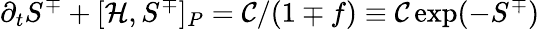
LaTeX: \partial_{t}S^{\mp}+[\mathcal{H},S^{\mp}]_{P}=\mathcal{C}/(1\mp f)\equiv\mathcal{C}\exp(-S^{\mp})